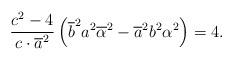
LaTeX: \begin{align*}\frac{c^{2}-4}{c\cdot\overline{a}^{2}}\left( \overline{b}^{2}a^{2}\overline{\alpha}^{2}-\overline{a}^{2}b^{2}\alpha^{2}\right) =4. \end{align*}